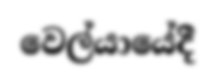
වෙල්යායේදී